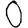
Digit: 0